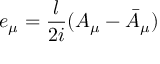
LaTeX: e _ { \mu } = { \frac { l } { 2 i } } ( A _ { \mu } - \bar { A } _ { \mu } )